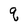
Character: q